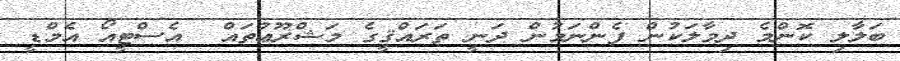
ބަލާލި ކޮންމެ ދިމާލަކުން ފެންނަމުން ދަނީ ތަރައްޤީގެ މަޝްރޫޢުތައް  އެސްޓީއޯ އެމްޑީ